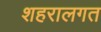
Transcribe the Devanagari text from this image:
शहरालगत